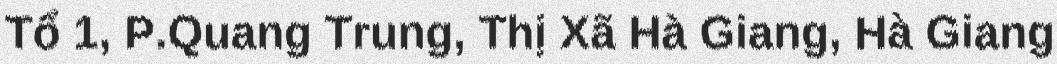
Tổ 1, P.Quang Trung, Thị Xã Hà Giang, Hà Giang